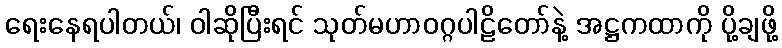
ရေးနေရပါတယ်၊ ဝါဆိုပြီးရင် သုတ်မဟာဝဂ္ဂပါဠိတော်နဲ့ အဋ္ဌကထာကို ပို့ချဖို့